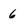
Character: 6